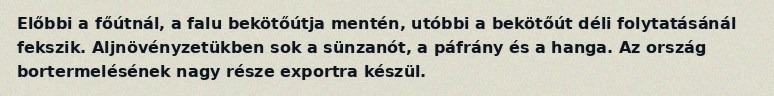
Előbbi a főútnál, a falu bekötőútja mentén, utóbbi a bekötőút déli folytatásánál fekszik. Aljnövényzetükben sok a sünzanót, a páfrány és a hanga. Az ország bortermelésének nagy része exportra készül.